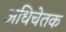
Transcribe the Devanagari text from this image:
अधिचेतक